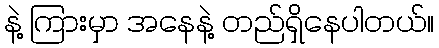
နဲ့ ကြားမှာ အနေနဲ့ တည်ရှိနေပါတယ်။